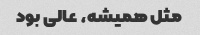
مثل همیشه، عالی بود